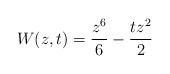
LaTeX: \begin{align*}W(z,t)= \frac{z^6}{6}- \frac{t z^2}{2}\end{align*}